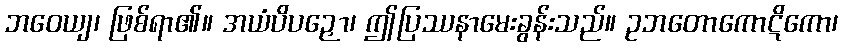
ဘဝေယျ၊ ဖြစ်ရာ၏။ အယံပိပဉှော၊ ဤပြဿနာမေးခွန်းသည်။ ဥဘတောကောဋိကော၊